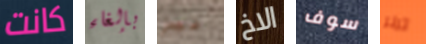
كانت بإلغاء غير الاخ سوف ترنر